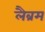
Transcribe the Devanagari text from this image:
लैब्रम